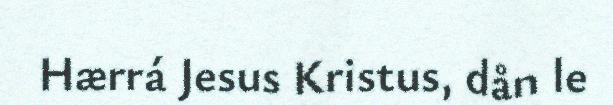
Hærrá Jesus Kristus, dån le